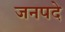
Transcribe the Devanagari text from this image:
जनपदे